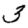
Digit: 3